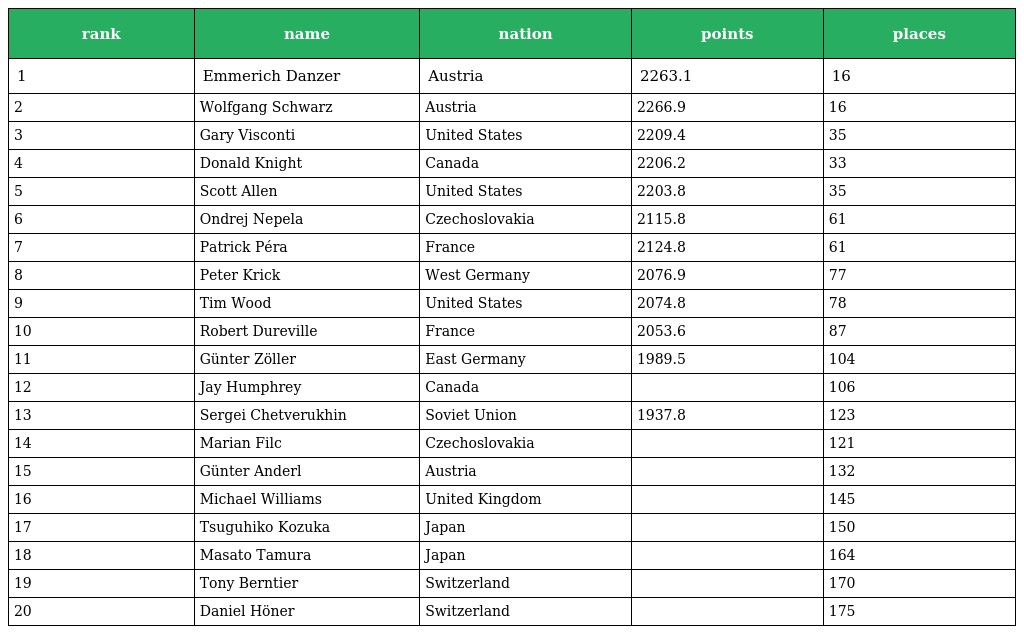
| rank | name | nation | points | places |
 | --- | --- | --- | --- | --- |
 | 1 | Emmerich Danzer | Austria | 2263.1 | 16 |
 | 2 | Wolfgang Schwarz | Austria | 2266.9 | 16 |
 | 3 | Gary Visconti | United States | 2209.4 | 35 |
 | 4 | Donald Knight | Canada | 2206.2 | 33 |
 | 5 | Scott Allen | United States | 2203.8 | 35 |
 | 6 | Ondrej Nepela | Czechoslovakia | 2115.8 | 61 |
 | 7 | Patrick Péra | France | 2124.8 | 61 |
 | 8 | Peter Krick | West Germany | 2076.9 | 77 |
 | 9 | Tim Wood | United States | 2074.8 | 78 |
 | 10 | Robert Dureville | France | 2053.6 | 87 |
 | 11 | Günter Zöller | East Germany | 1989.5 | 104 |
 | 12 | Jay Humphrey | Canada |  | 106 |
 | 13 | Sergei Chetverukhin | Soviet Union | 1937.8 | 123 |
 | 14 | Marian Filc | Czechoslovakia |  | 121 |
 | 15 | Günter Anderl | Austria |  | 132 |
 | 16 | Michael Williams | United Kingdom |  | 145 |
 | 17 | Tsuguhiko Kozuka | Japan |  | 150 |
 | 18 | Masato Tamura | Japan |  | 164 |
 | 19 | Tony Berntier | Switzerland |  | 170 |
 | 20 | Daniel Höner | Switzerland |  | 175 |